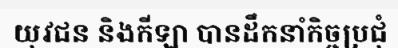
យុវជន និងកីឡា បានដឹកនាំកិច្ចប្រជុំ